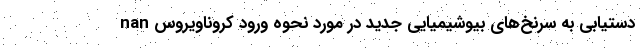
nan دستیابی به سرنخ‌های بیوشیمیایی جدید در مورد نحوه ورود کروناویروس